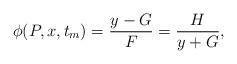
LaTeX: \begin{align*} \phi(P,x,t_{m})=\frac{y-G}{F}=\frac{H}{y+G},\end{align*}